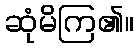
ဆုံမိကြ၏။